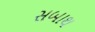
સબાથ